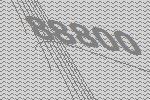
88800